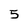
Character: 5